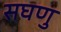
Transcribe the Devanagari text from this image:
सघणु